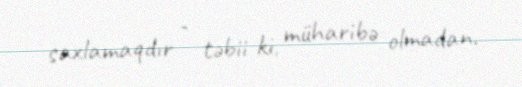
saxlamaqdır - təbii ki, müharibə olmadan.